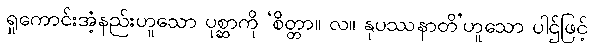
ရှုကောင်းအံ့နည်းဟူသော ပုစ္ဆာကို ‘စိတ္တာ။ လ။ နုပဿနာတိ’ဟူသော ပါဌ်ဖြင့်